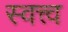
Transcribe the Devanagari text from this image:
स्वत्त्व